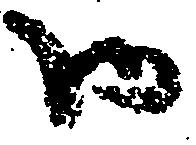
御